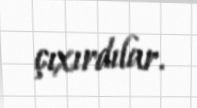
çıxırdılar.